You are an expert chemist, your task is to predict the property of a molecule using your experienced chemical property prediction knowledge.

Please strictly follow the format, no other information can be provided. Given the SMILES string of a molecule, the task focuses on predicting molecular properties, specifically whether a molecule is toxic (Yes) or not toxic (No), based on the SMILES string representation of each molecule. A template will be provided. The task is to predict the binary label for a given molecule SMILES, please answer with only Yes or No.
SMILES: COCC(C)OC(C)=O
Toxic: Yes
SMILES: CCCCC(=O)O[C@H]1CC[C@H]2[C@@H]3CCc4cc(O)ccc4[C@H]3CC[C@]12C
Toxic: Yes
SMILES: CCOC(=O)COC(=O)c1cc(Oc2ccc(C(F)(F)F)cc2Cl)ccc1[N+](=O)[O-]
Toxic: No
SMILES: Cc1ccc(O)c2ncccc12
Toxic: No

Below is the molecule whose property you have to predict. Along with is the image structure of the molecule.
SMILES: COc1cc(/C=C/c2ccccc2)oc(=O)c1
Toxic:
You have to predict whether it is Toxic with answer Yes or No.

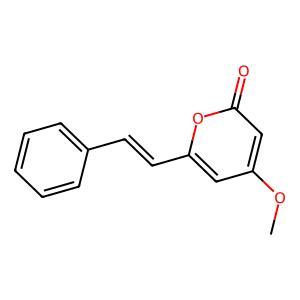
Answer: No